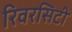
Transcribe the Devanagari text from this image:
रिवरसिटी